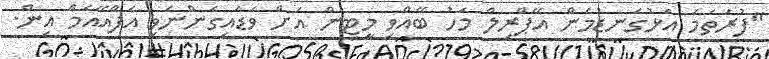
"ފުރަތަމަ އަޅުގަނޑުމެން އޭޕްރިލް މަހު ބޭއްވި މީޓިން އަށް ވަޑައިގެންނެވި އެފްއޭއެމް އިން.